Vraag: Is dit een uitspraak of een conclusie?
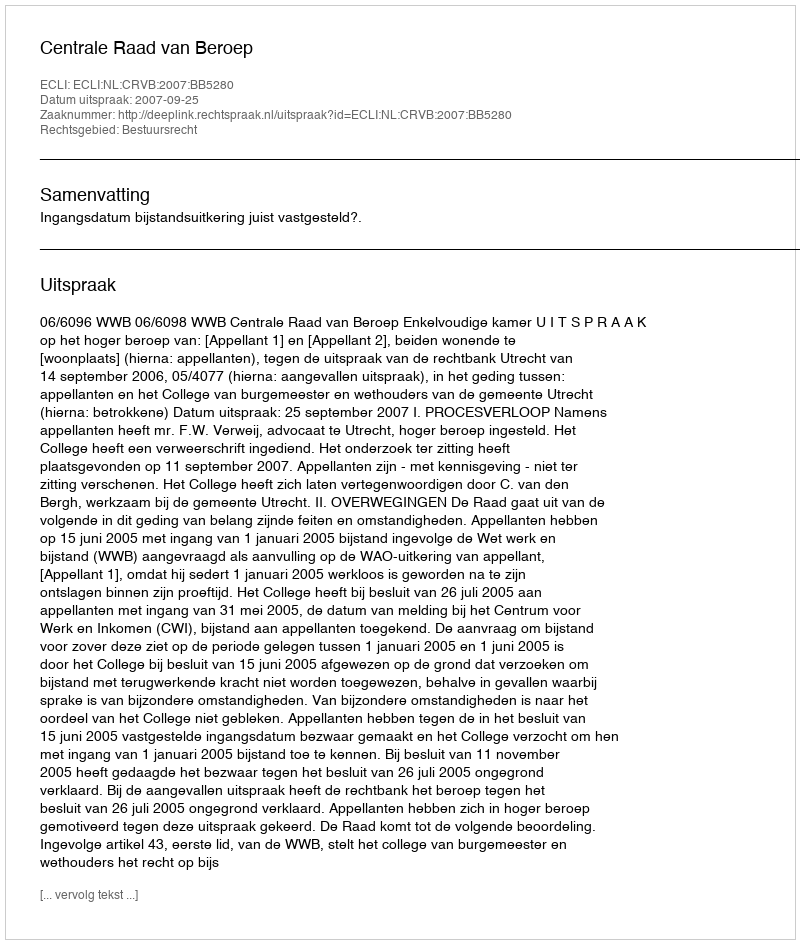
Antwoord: Uitspraak